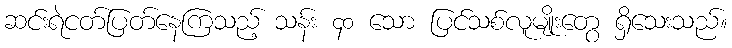
ဆင်းရဲငတ်ပြတ်နေကြသည့် သန်း ၄၀ သော ပြင်သစ်လူမျိုးတွေ ရှိသေးသည်။